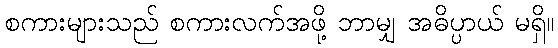
စကားများသည် စကားလက်အဖို့ ဘာမျှ အဓိပ္ပာယ် မရှိ။